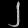
Digit: ၂